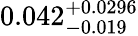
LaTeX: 0.042_{-0.019}^{+0.0296}